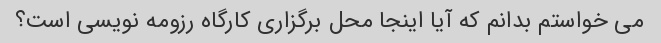
می خواستم بدانم که آیا اینجا محل برگزاری کارگاه رزومه نویسی است؟